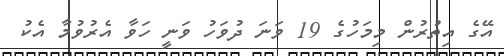
އޭގެ އިތުރުން މިމަހުގެ 19 ވަނަ ދުވަހު ވަނީ ހަވާ އެރުވުމާ އެކު